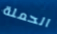
الحملة